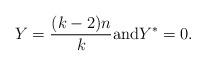
LaTeX: \begin{align*}Y=\frac{(k-2)n}{k} \textrm{and} Y^*=0.\end{align*}